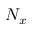
N _ { x }